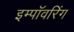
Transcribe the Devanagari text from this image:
इम्पॉवरिंग